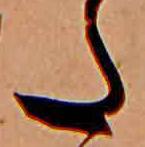
た